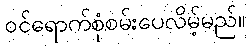
ဝင်ရောက်စုံစမ်းပေလိမ့်မည်။